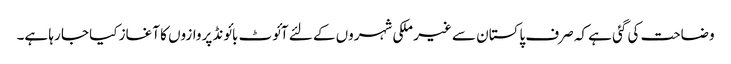
وضاحت کی گئی ہے کہ صرف پاکستان سے غیر ملکی شہروں کے لئے آئوٹ بائونڈ پروازوں کا آغاز کیا جا رہا ہے۔